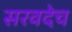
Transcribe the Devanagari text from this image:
सरवदेच